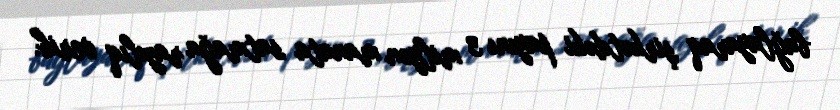
bağlayaraq şirkətdəki payını 3 milyon manata satmağa razılıq verib.